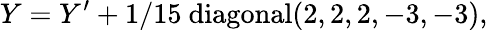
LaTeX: Y=Y^{\prime}+1/15~\mathrm{diagonal}(2,2,2,-3,-3),